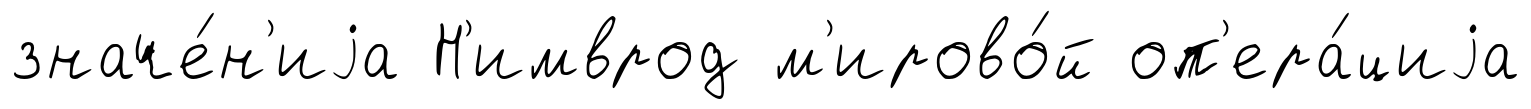
значе́н'иjа Н'имврод м'ирово́й оп'ера́циjа